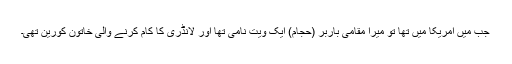
جب میں امریکا میں تھا تو میرا مقامی باربر (حجام) ایک ویت نامی تھا اور لانڈری کا کام کرنے والی خاتون کورین تھی۔